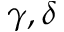
\gamma , \delta